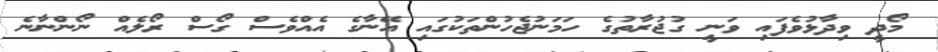
މޯދީ ވިދާޅުވެފައި ވަނީ ގުޖުރާތުގެ ހަމަނުޖެހުންތަކުގައި އޭނާގެ އެއްވެސް ގޯސް ރޯލެއް ނޯންނާނެ